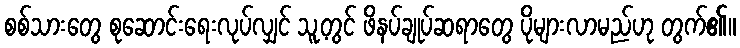
စစ်သားတွေ စုဆောင်းရေးလုပ်လျှင် သူ့တွင် ဖိနပ်ချုပ်ဆရာတွေ ပိုများလာမည်ဟု တွက်၏။